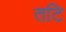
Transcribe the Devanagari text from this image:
तटि